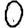
Digit: 0